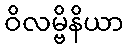
ဝိလမ္ဗိနိယာ